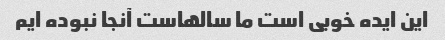
این ایده خوبی است ما سالهاست آنجا نبوده ایم